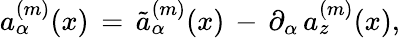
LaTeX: a_{\alpha}^{(m)}(x)\, =\, \tilde{a}_{\alpha}^{(m)}(x)\, -\, \partial_{\alpha}\, a_{z}^{(m)}(x),